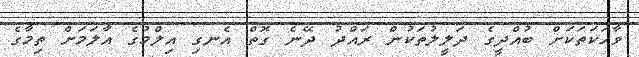
ވާހަކަތަކަށް ބުއްދީގެ ދަލީލުތަކުން ރައްދު ދޭނެ ގޮތް އެނގި އިލްމުގެ އާލަމަށް ތިމާގެ